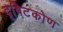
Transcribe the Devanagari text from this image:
दृषिटकोण